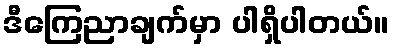
ဒီကြေညာချက်မှာ ပါရှိပါတယ်။